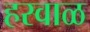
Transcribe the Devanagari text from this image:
हरवाळ